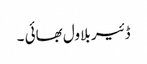
ڈئیر بلاول بھائی ۔